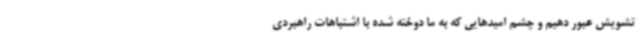
تشویش عبور دهیم و چشم امیدهایی که به ما دوخته شده با اشتباهات راهبردی